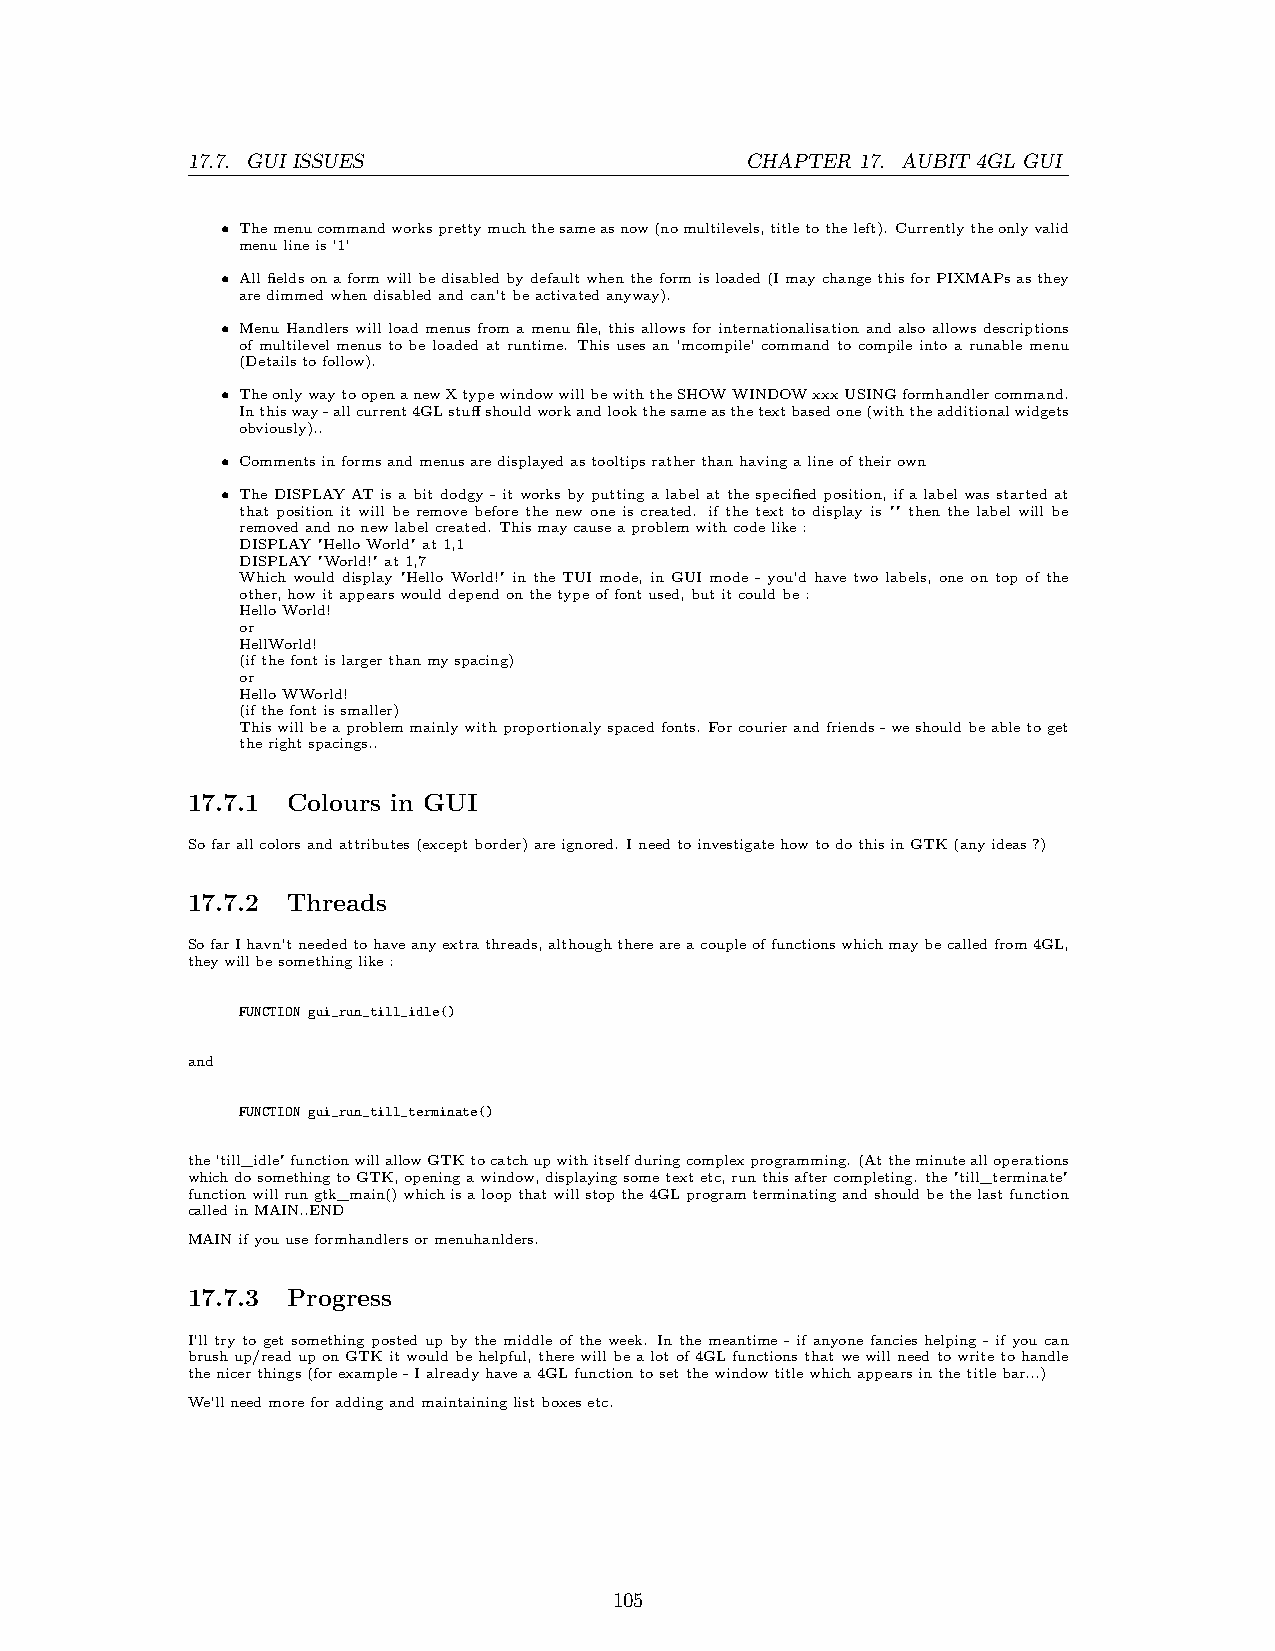
17.7. GUI ISSUES                     CHAPTER 17. AUBIT 4GL GUI
 • Themenucommandworksprettymuchthesameasnow(nomultilevels,titletotheleft). Currentlytheonlyvalid
 menulineis’1’
 • Allfieldsonaformwillbedisabledbydefaultwhentheformisloaded(ImaychangethisforPIXMAPsasthey
 aredimmedwhendisabledandcan’tbeactivatedanyway).
 • Menu Handlerswill load menus froma menu file, this allowsfor internationalisation and also allowsdescriptions
 of multilevel menus to be loaded at runtime. This uses an ’mcompile’ command to compile into a runable menu
 (Detailstofollow).
 • TheonlywaytoopenanewXtypewindowwillbewiththeSHOWWINDOWxxxUSINGformhandlercommand.
 Inthisway-allcurrent4GLstuffshouldworkandlookthesameasthetextbasedone(withtheadditionalwidgets
 obviously)..
 • Commentsinformsandmenusaredisplayedastooltipsratherthanhavingalineoftheirown
 • TheDISPLAYATisabitdodgy-itworksbyputtingalabelatthespecifiedposition, ifalabelwasstartedat
 that position it will be remove before the new one is created. if the text to display is "" then the label will be
 removedandnonewlabelcreated. Thismaycauseaproblemwithcodelike:
 DISPLAY"HelloWorld"at1,1
 DISPLAY"World!"at1,7
 Which would display "Hello World!" in the TUI mode, in GUI mode - you’d have two labels, one on top of the
 other,howitappearswoulddependonthetypeoffontused,butitcouldbe:
 HelloWorld!
 or
 HellWorld!
 (ifthefontislargerthanmyspacing)
 or
 HelloWWorld!
 (ifthefontissmaller)
 Thiswillbeaproblemmainlywithproportionalyspacedfonts. Forcourierandfriends-weshouldbeabletoget
 therightspacings..
 17.7.1 Colours in GUI
 Sofarallcolorsandattributes(exceptborder)areignored. IneedtoinvestigatehowtodothisinGTK(anyideas?)
 17.7.2 Threads
 SofarIhavn’tneededtohaveanyextrathreads,althoughthereareacoupleoffunctionswhichmaybecalledfrom4GL,
 theywillbesomethinglike:
 FUNCTION gui_run_till_idle()
 and
 FUNCTION gui_run_till_terminate()
 the’till_idle"functionwillallowGTKtocatchupwithitselfduringcomplexprogramming. (Attheminutealloperations
 whichdosomethingtoGTK,openingawindow,displayingsometextetc,runthisaftercompleting. the"till_terminate"
 functionwillrungtk_main()whichisaloopthatwillstopthe4GLprogramterminatingandshouldbethelastfunction
 calledinMAIN..END
 MAINifyouuseformhandlersormenuhanlders.
 17.7.3 Progress
 I’ll try to get something posted up by the middle of the week. In the meantime - if anyone fancies helping - if you can
 brushup/readuponGTKitwouldbehelpful,therewillbealotof4GLfunctionsthatwewillneedtowritetohandle
 thenicerthings(forexample-Ialreadyhavea4GLfunctiontosetthewindowtitlewhichappearsinthetitlebar...)
 We’llneedmoreforaddingandmaintaininglistboxesetc.
 105